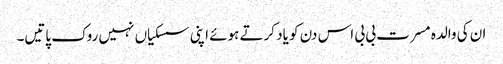
ان کی والدہ مسرت بی بی اس دن کو یاد کرتے ہوئے اپنی سسکیاں نہیں روک پاتیں۔